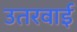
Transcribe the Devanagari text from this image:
उतरवाई